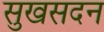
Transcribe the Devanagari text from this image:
सुखसदन